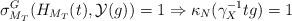
LaTeX: \begin{align*}\displaystyle \sigma^G_{M_T}(H_{M_T}(t), \mathcal{Y}(g))=1\Rightarrow \kappa_N(\gamma_X^{-1}tg)=1\end{align*}